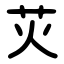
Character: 苂